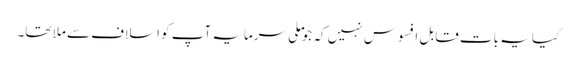
کیا یہ بات قابل افسوس نہیں کہ جو ملی سرمایہ آپ کو اسلاف سے ملا تھا۔